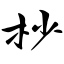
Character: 杪